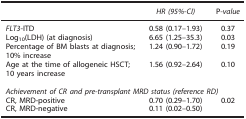
<table><thead><tr><td><b> </b></td><td><b><i>HR (95%-CI)</i></b></td><td><b>P<i>-value</i></b></td></tr></thead><tbody><tr><td><i>FLT3</i>-ITD</td><td>0.58 (0.17–1.93)</td><td>0.37</td></tr><tr><td>Log<sub>10</sub>(LDH) (at diagnosis)</td><td>6.65 (1.25–35.3)</td><td>0.03</td></tr><tr><td>Percentage of BM blasts at diagnosis; 10% increase</td><td>1.24 (0.90–1.72)</td><td>0.19</td></tr><tr><td>Age at the time of allogeneic HSCT; 10 years increase</td><td>1.56 (0.92–2.64)</td><td>0.10</td></tr><tr><td> </td><td> </td><td> </td></tr><tr><td colspan="3"><i>Achievement of CR and pre-transplant MRD status (reference RD)</i></td></tr><tr><td>CR, MRD-positive</td><td>0.70 (0.29–1.70)</td><td>0.02</td></tr><tr><td>CR, MRD-negative</td><td>0.11 (0.02–0.50)</td><td> </td></tr></tbody></table>